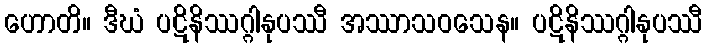
ဟောတိ။ ဒီဃံ ပဋိနိဿဂ္ဂါနုပဿီ အဿာသဝသေန။ ပဋိနိဿဂ္ဂါနုပဿီ